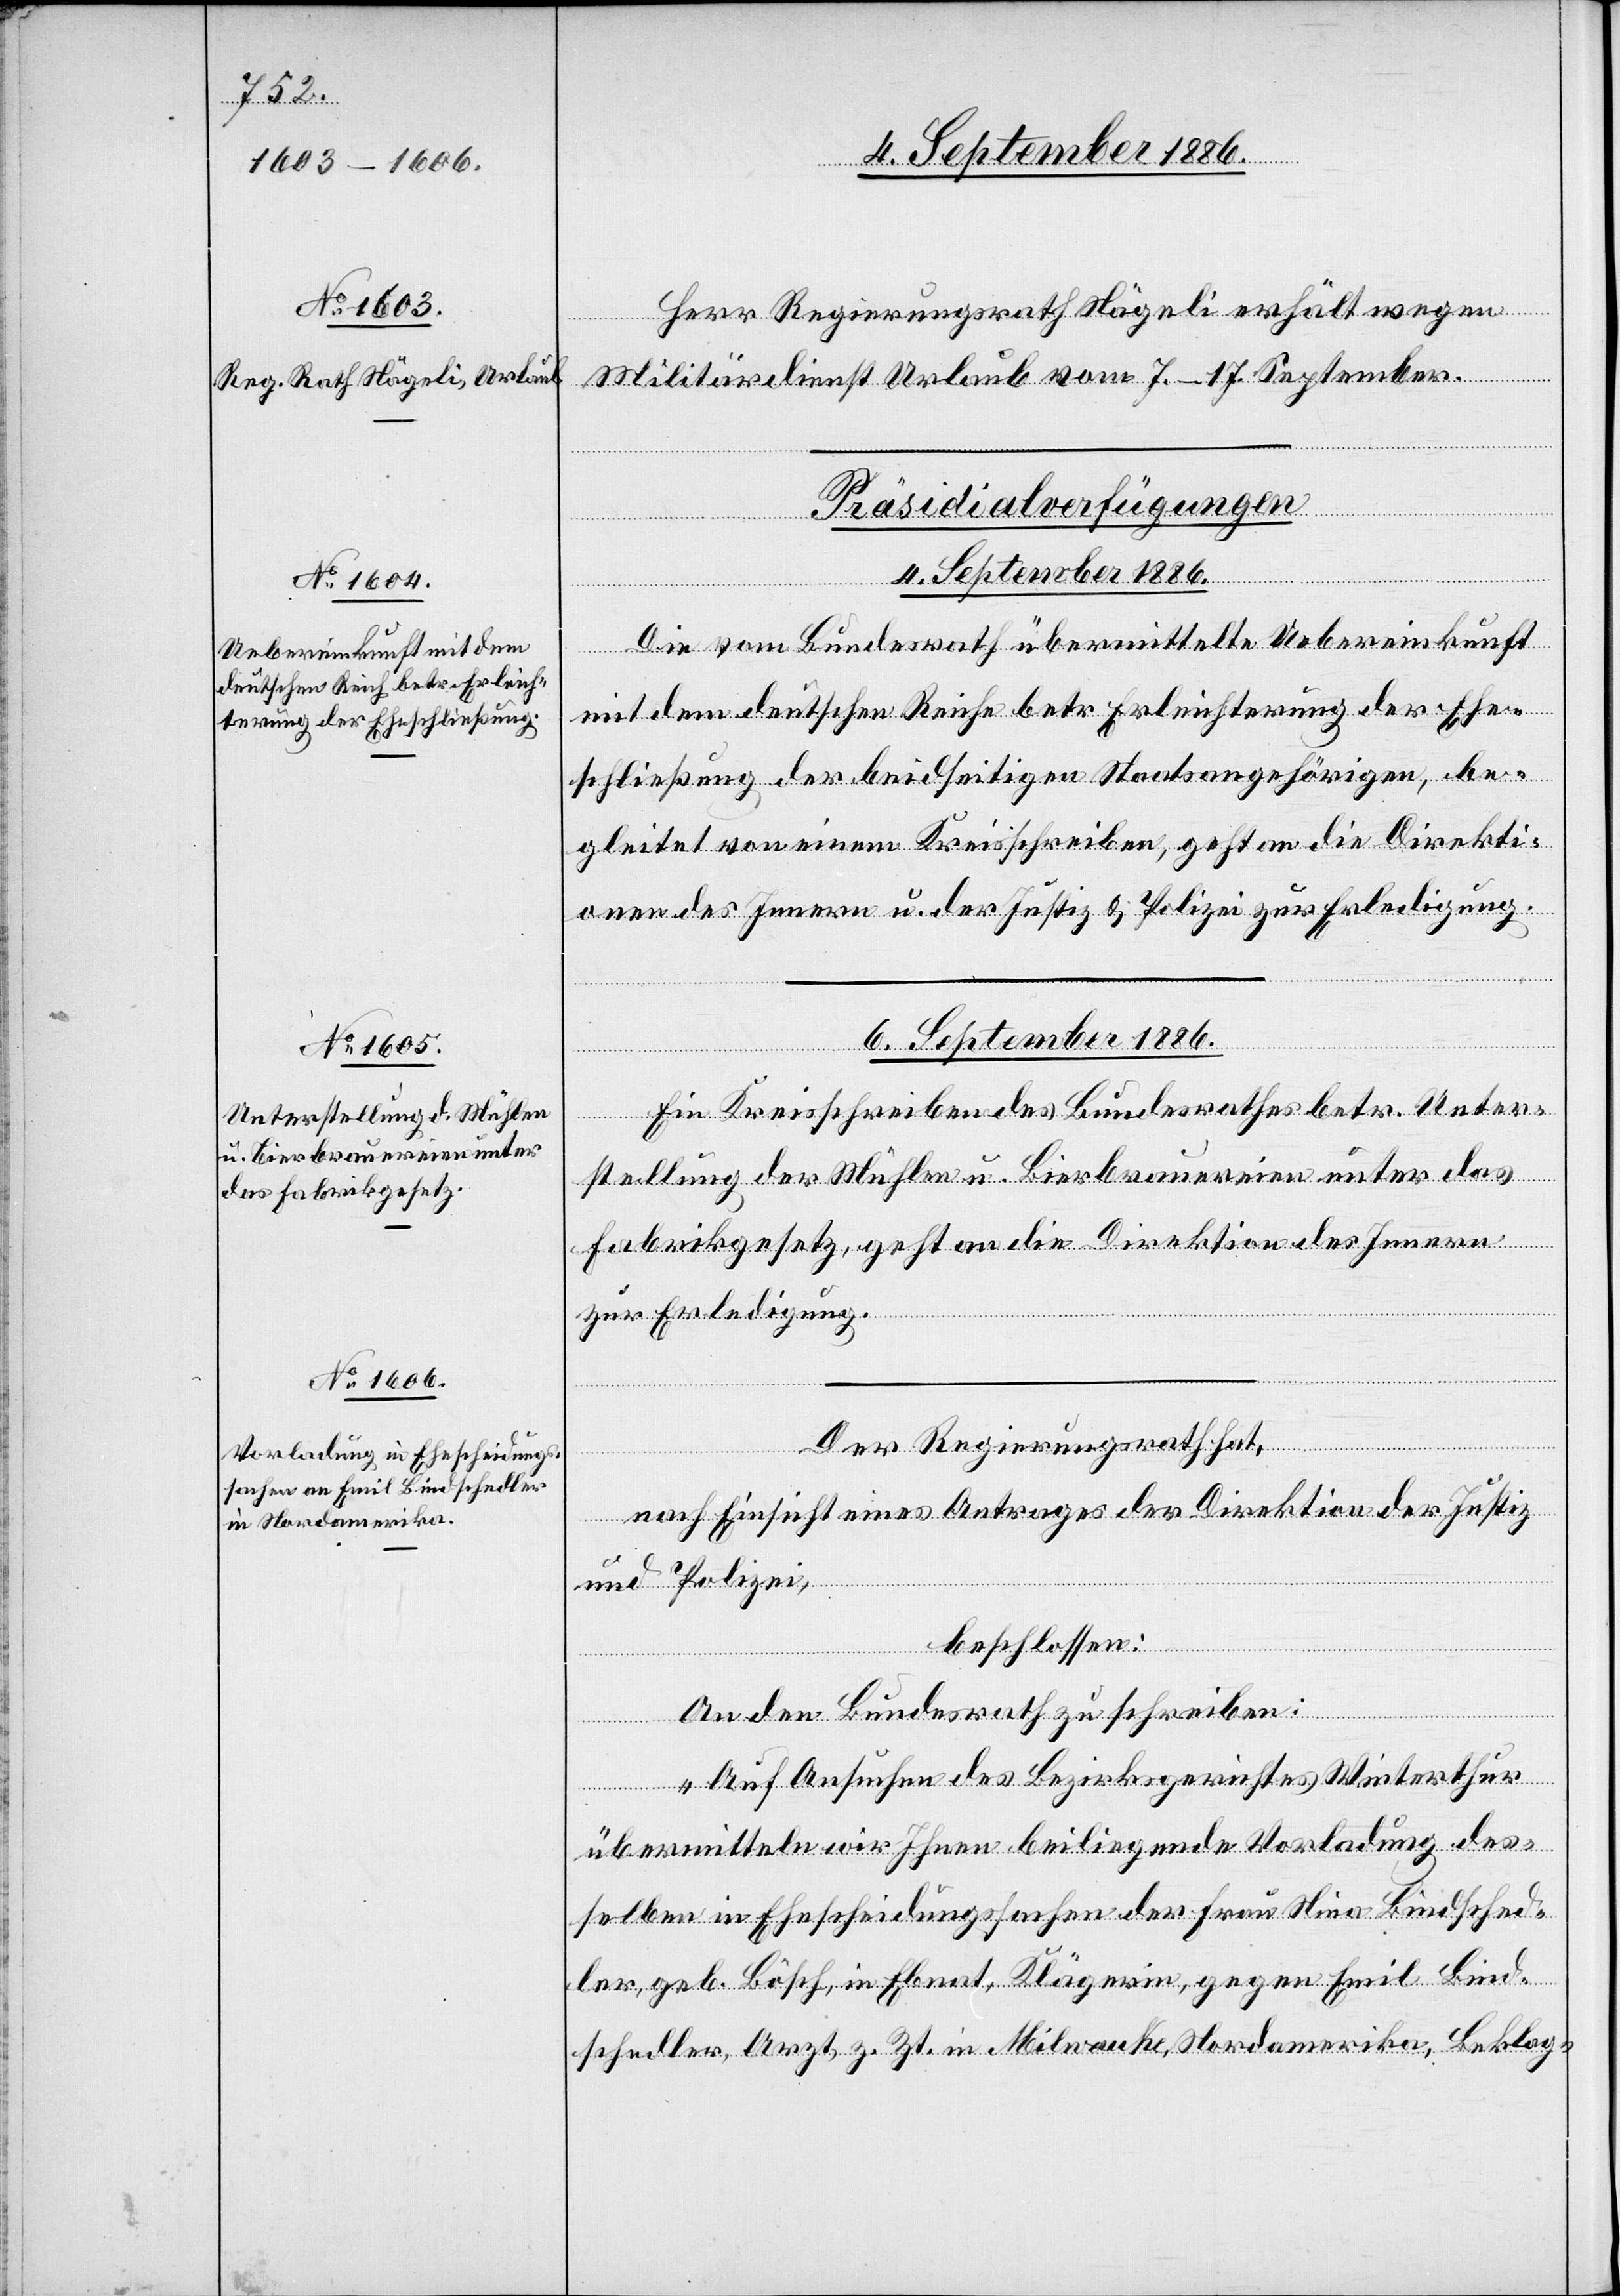
Herr Regierungsrath Nägeli erhält wegen
Militärdienst Urlaub vom 7.–17. September.
[Präsidialverfügungen
6. September 1886.]
Die vom Bundesrath übermittelte Uebereinkunft
mit dem deutschen Reiche betr. Erleichterung der Ehe¬
schließung der beidseitigen Staatsangehörigen, be¬
gleitet von einem Kreisschreiben, geht an die Direkti¬
onen des Innern u. der Justiz & Polizei zur Erledigung.
Ein Kreisschreiben des Bundesrathes betr. Unter¬
stellung der Mühlen u. Bierbrauereien unter das
Fabrikgesetz, geht an die Direktion des Innern
zur Erledigung.
Der Regierungsrath hat,
nach Einsicht eines Antrages der Direktion der Justiz
und Polizei,
beschlossen:
An den Bundesrath zu schreiben:
„Auf Ansuchen des Bezirksgerichtes Winterthur
übermitteln wir Ihnen beiliegende Vorladung des¬
selben in Ehescheidungssachen der Frau Nina Bindsched¬
ler, geb. Bösch, in Ebnat, Klägerin, gegen Emil Bind¬
schedler, Arzt, z. Zt. in Milwauke, Nordamerika, Beklag-